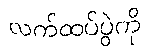
လက်ထပ်ပွဲကို